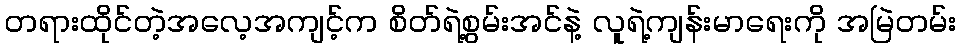
တရားထိုင်တဲ့အလေ့အကျင့်က စိတ်ရဲ့စွမ်းအင်နဲ့ လူရဲ့ကျန်းမာရေးကို အမြဲတမ်း